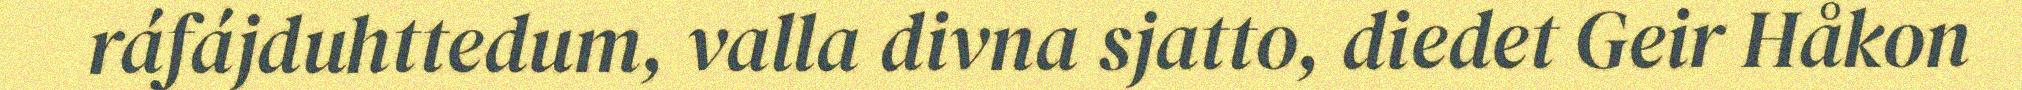
ráfájduhttedum, valla divna sjatto, diedet Geir Håkon